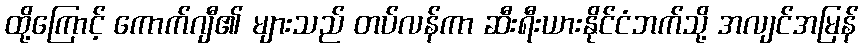
ထို့ကြောင့် ကောက်ဂျီ၏ များသည် တပ်လန်ကာ ဆီးရီးယားနိုင်ငံဘက်သို့ အလျင်အမြန်